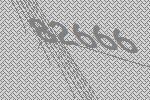
82666